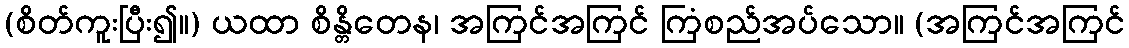
(စိတ်ကူးပြီး၍။) ယထာ စိန္တိတေန၊ အကြင်အကြင် ကြံစည်အပ်သော။ (အကြင်အကြင်